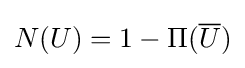
N(U)=1-\Pi ({\overline {U}})